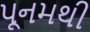
પૂનમથી